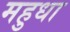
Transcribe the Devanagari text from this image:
महुधा